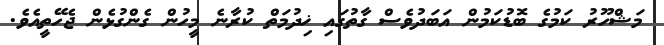
މަޝްހޫރު ކަމުގެ ބޮޑުކަމުން އަބަދުވެސް ގާތުގައި ޚިދުމަތް ކުރާނެ މީހުން ގެންގުޅެން ޖެހޭތީއެވެ.